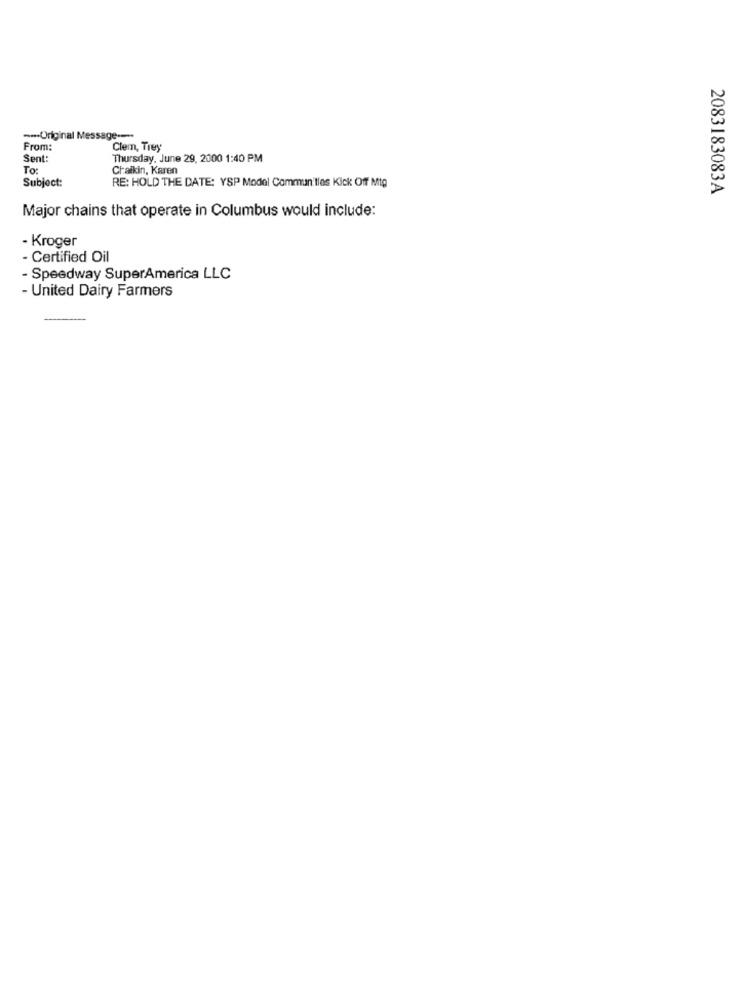
--- Original Message ---.
From:
Clem, Trey
Sent:
Thursday, June 29, 2000 1:40 PM
To:
Chaikin, Karen
Subject:
RE: HOLD THE DATE: YSP Model Communities Kick Off Mtg
2083183083A
Major chains that operate in Columbus would include:
- Kroger
- Certified Oil
- Speedway SuperAmerica LLC
- United Dairy Farmers